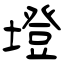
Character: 墱